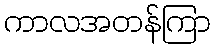
ကာလအတန်ကြာ